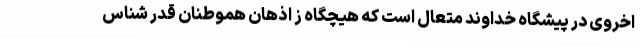
اخروی در پیشگاه خداوند متعال است که هیچگاه ز اذهان هموطنان قدر شناس